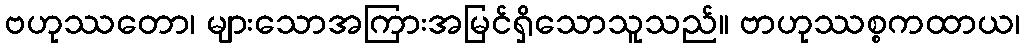
ဗဟုဿတော၊ များသောအကြားအမြင်ရှိသောသူသည်။ ဗာဟုဿစ္စကထာယ၊